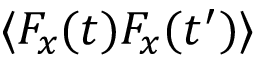
\langle F _ { x } ( t ) F _ { x } ( t ^ { \prime } ) \rangle